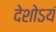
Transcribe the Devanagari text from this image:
देशोऽयं